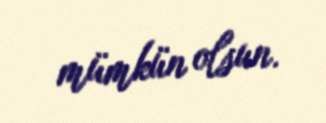
mümkün olsun.